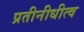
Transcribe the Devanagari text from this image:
प्रतीनीधीत्व